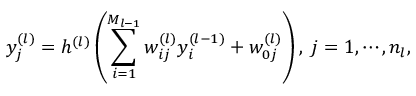
y _ { j } ^ { ( l ) } = h ^ { ( l ) } \left( \sum _ { i = 1 } ^ { M _ { l - 1 } } w _ { i j } ^ { ( l ) } y _ { i } ^ { ( l - 1 ) } + w _ { 0 j } ^ { ( l ) } \right) , \; j = 1 , \cdots , n _ { l } ,